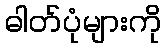
ဓါတ်ပုံများကို